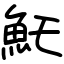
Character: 魠